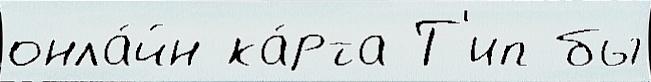
онла́йн ка́рта Т'ип бы